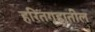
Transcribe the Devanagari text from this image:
हरितगृहातील